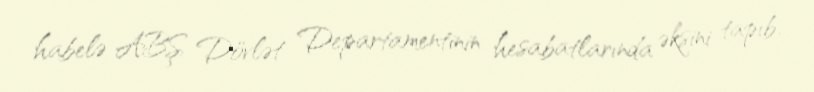
habelə ABŞ Dövlət Departamentinin hesabatlarında əksini tapıb.